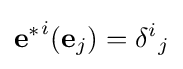
{\mathbf {e} ^{*}}^{i}(\mathbf {e} _{j})={\delta ^{i}}_{j}